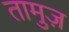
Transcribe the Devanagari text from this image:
तामुज़